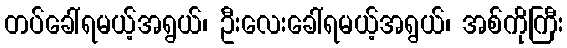
တပ်ခေါ်ရမယ့်အရွယ်၊ ဦးလေးခေါ်ရမယ့်အရွယ်၊ အစ်ကိုကြီး